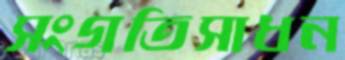
সংগতিসাধন